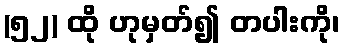
(၅၂) ထို ဟုမှတ်၍ တပါးကို၊